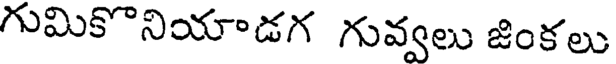
గుమికొనియాడగ గువ్వలు జింకలు